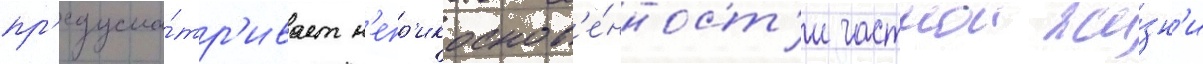
пр'едусма́тр'ивает н'епр'икоснов'е́нност'и частнои жи́зн'и